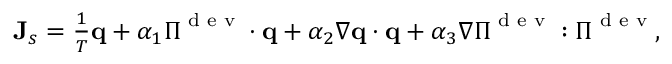
\begin{array} { r } { \mathbf J _ { s } = \frac { 1 } { T } \mathbf q + \alpha _ { 1 } \boldsymbol \Pi ^ { \textrm { d e v } } \cdot \mathbf q + \alpha _ { 2 } \nabla \mathbf q \cdot \mathbf q + \alpha _ { 3 } \nabla \boldsymbol \Pi ^ { \textrm { d e v } } : \boldsymbol \Pi ^ { \textrm { d e v } } , } \end{array}